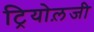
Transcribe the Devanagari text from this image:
ट्रियोल़जी